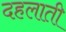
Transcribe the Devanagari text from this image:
दहलाती